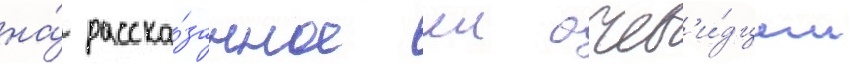
на́ расска́занное еи очев'и́дцем